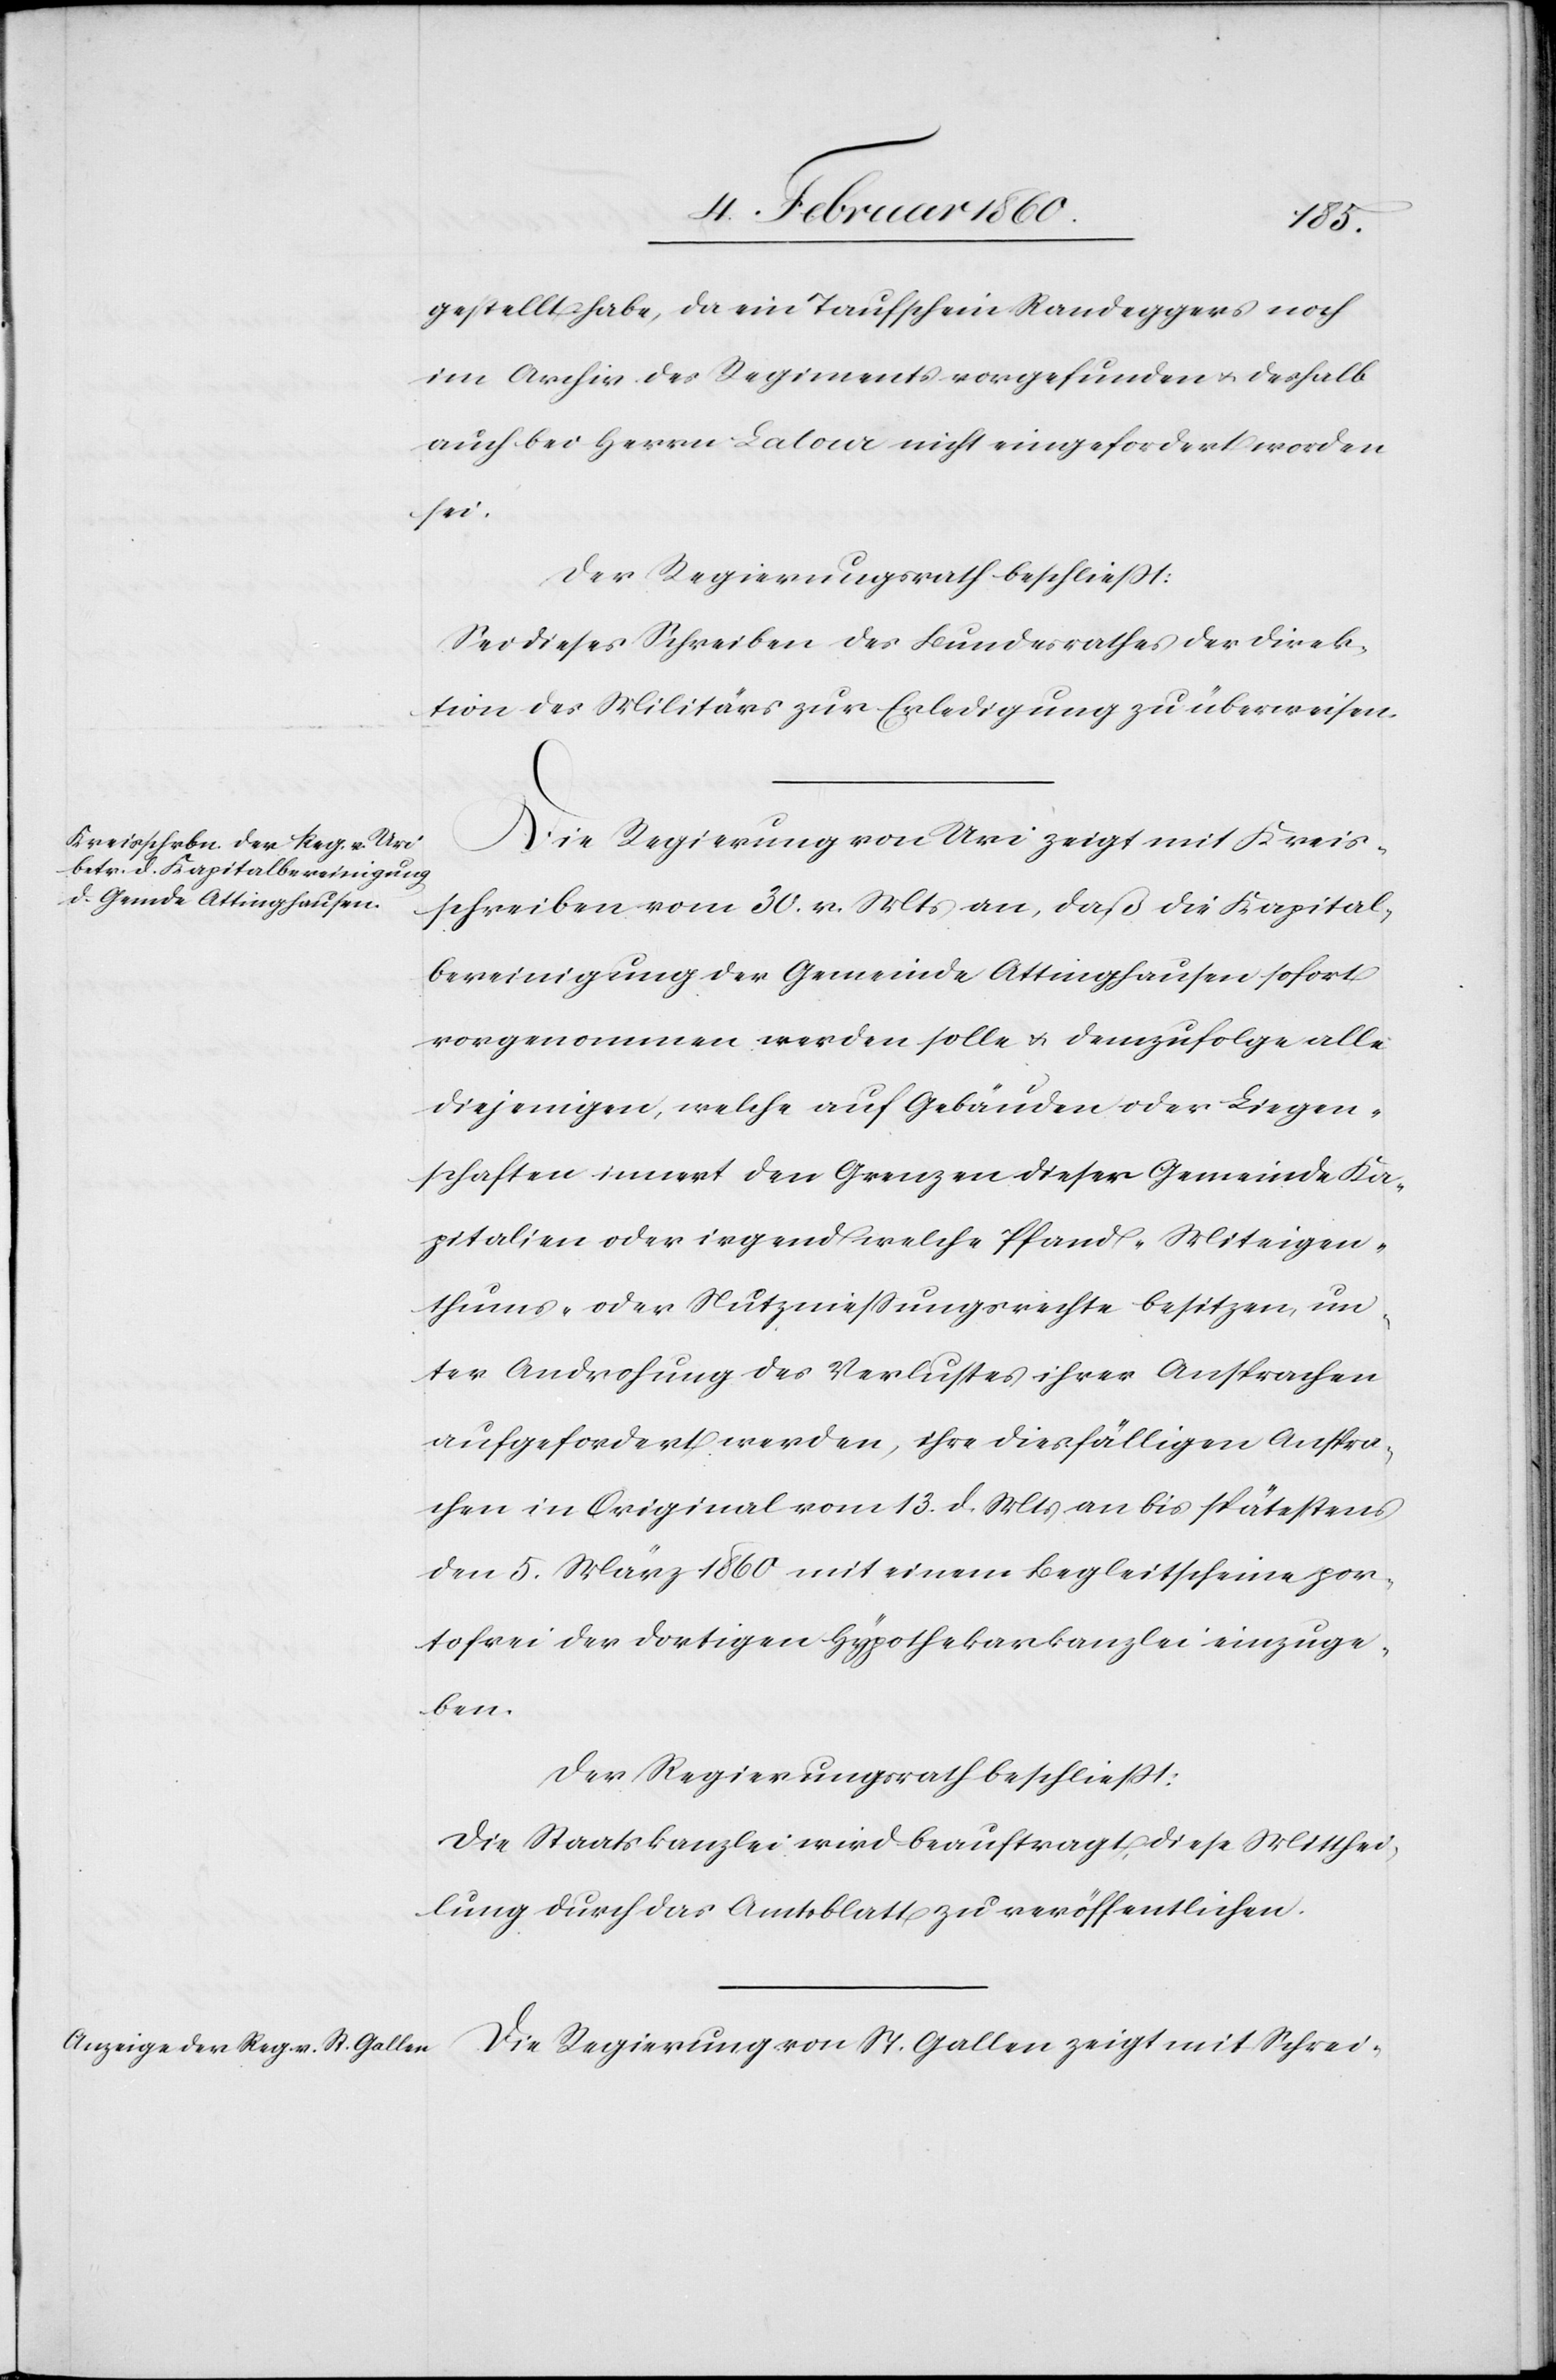
gestellt habe, da ein Taufschein Randeggers noch
im Archiv des Regiments vorgefunden u. deshalb
auch bei Herrn Lalour nicht eingefordert worden
sei.
Der Regierungsrath beschliesst:
Sei dieses Schreiben des Bundesrathes der Direk¬
tion des Militärs zur Erledigung zu überweisen.
Die Regierung von St. Gallen zeigt mit Schrei-
schreiben vom 30. v. Mts. an, daß die Kapital¬
bereinigung der Gemeinde Ottinghausen sofort
vorgenommen werden solle u. demzufolge alle
diejenigen, welche auf Gebäuden oder Liegen¬
schaften innert den Grenzen dieser Gemeinde Ka¬
pitalien oder irgend welche Pfand- Miteigen¬
thums- oder Nutzniessungsrechte besitzen, un¬
ter Androhung des Verlustes ihrer Ansprachen
aufgefordert werden, ihre diesfälligen Anspra¬
chen in Original vom 13. d. Mts. an bis spätestens
den 5. März 1860 mit einem Begleitscheine por¬
tofrei der dortigen Hypothekarkanzlei einzuge¬
ben.
Der Regierungsrath beschliesst:
Die Staatskanzlei wird beauftragt, diese Mithei¬
lung durch das Amtsblatt zu veröffentlichen.